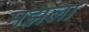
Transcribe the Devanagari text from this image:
मझला